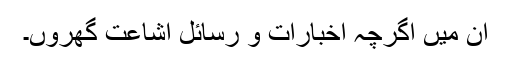
ان میں اگرچہ اخبارات و رسائل اشاعت گھروں۔